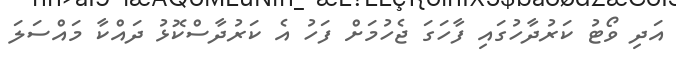
އަދި ވޯޓު ކަރުދާހުގައި ފާހަގަ ޖެހުމަށް ފަހު އެ ކަރުދާސްކޮޅު ދައްކާ މައްސަލަ